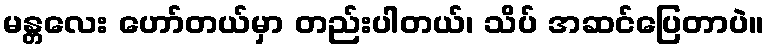
မန္တလေး ဟော်တယ်မှာ တည်းပါတယ်၊ သိပ် အဆင်ပြေတာပဲ။